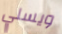
ويسلي